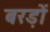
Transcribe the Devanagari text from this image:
बरड़ों